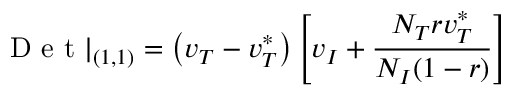
\mathrm { ~ D ~ e ~ t ~ } | _ { ( 1 , 1 ) } = \left( v _ { T } - v _ { T } ^ { * } \right) \left[ v _ { I } + \frac { N _ { T } r v _ { T } ^ { * } } { N _ { I } ( 1 - r ) } \right]